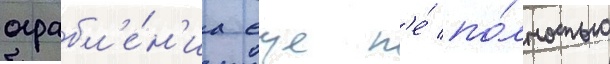
ограбл'е́н'иа еще н'е́ по́лностью